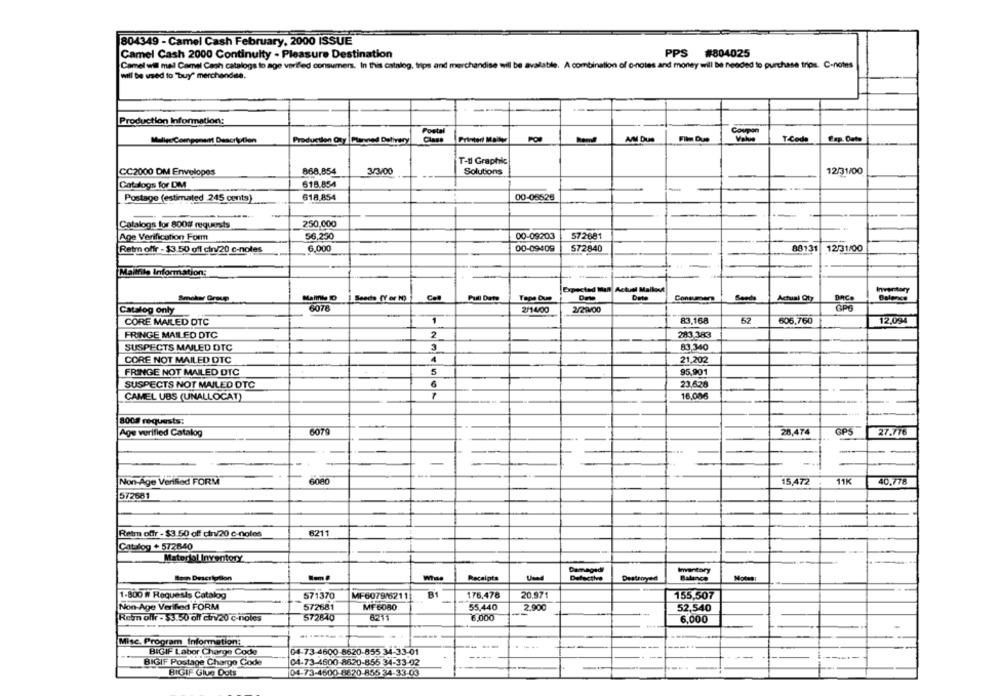
804349 - Camel Cash February, 2000 ISSUE
Camel Cash 2000 Continuity - Pleasure Destination
PPS #804025
Camel will mal Camel Cash catalogs to age verfled consumers. In this catalog, trips and merchandise will be available. A combination of o-notes and money will be needed to purchase trips. C-notes
will be used to "buy" merchandise.
Production Information:
Postal
Production Oty Plarvied Delivery
AIM Due
Film Due
TCode
Fap. Oato
Mulige Component Description
T-tl Graphic
CC2000 DM Envelopes
868.854
3/3/00
Solutions
12/31/00
Catalogs for DM
618.854
Postage (estimated 245 cents)
618,854
00-05526
250,000
Catalogs for 800g requests
Age Verification Form
56,250
00-09203
572681
Rety offr - $3.50 ofl cin/20 c-noles
6.000
00-09409
572840
88131
12/31/00
Mallnie Information:
Expected Man Actual Mallout
Inwentary
Smoker Group
Seeds (Y or N)
Col
Pull Date
Tepe Que
Bande
Actual Qty
6076
Catalog only
2/14/00
2/29/00
1
83,168
52
606,760
12,094
CORE MAILED DTC
FRINGE MAILED DTC
283.383
SUSPECTS MAILED DTC
3
83,340
CORE NOT MAILED DTC
1
21,202
FRINGE NOT MAILED DTC
5
95,901
23.628
SUSPECTS NOT MAILED DTC
CAMEL UBS (UNALLOCAT)
16,006
800# requests:
6079
28,474
GPS
27.776
Age verified Catalog
-
Non-Age Verified FORM
15,472
11K
40.778
572681
Retm offr - $3.50 off cin/20 c-noles
6211
Catalog + 572840
Matedol Inventory
Damagedi
Inventory
Whas
Receipts
Destroyed
Balance
1-800 # Requests Catalog
571370
MF6079/6211
B1
176.478
20.971
155,507
Non-Age Verified FORM
572681
MF 6080
55,440
--
2.900
52,540
Regn offr - $3.50 oll cir/20 c-noles
572840
6211
6,000
6,000
Misc. Program Information:
BIGIF Labor Charge Code
04-73-4600 8620-855 34-33-01
04-73-4600-8820-855 34-33-02
BIGIF Postage Charge Code
BIGIF Glue Dots
04-73-4600-1670-855 34-33-03